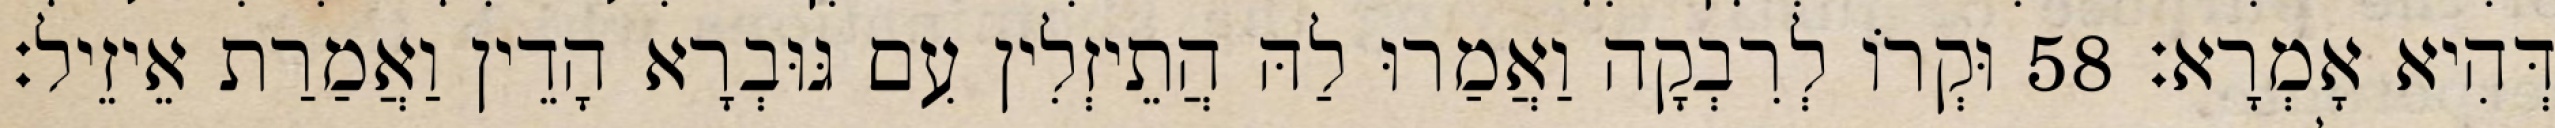
דְּהִיא אָמְרָא׃ 58 וּקְרוֹ לְרִבְקָה וַאֲמַרוּ לַהּ הֲתֵיזְלִין עִם גּוּבְרָא הָדֵין וַאֲמַרַת אֵיזֵיל׃